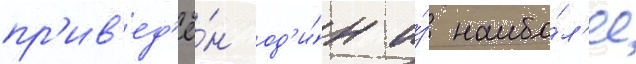
пр'ив'ед'ё́н од'и́н и́з наибо́л'ее